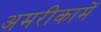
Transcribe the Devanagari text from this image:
अमरीकामें